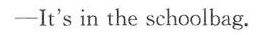
—It's in the schoolbag.